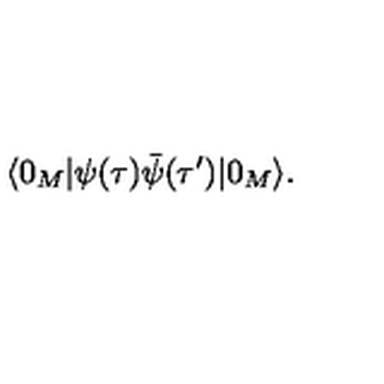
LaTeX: \langle 0 _ { M } | \psi ( \tau ) \bar { \psi } ( \tau ^ { \prime } ) | 0 _ { M } \rangle .